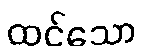
ထင်သော